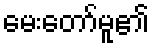
မေးတော်မူ၏